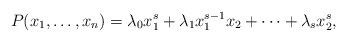
\begin{align*}P(x_1, \ldots, x_n)=\lambda_0 x_1^s+\lambda_1 x_1^{s-1}x_2+\cdots +\lambda_s x_2^s,\end{align*}